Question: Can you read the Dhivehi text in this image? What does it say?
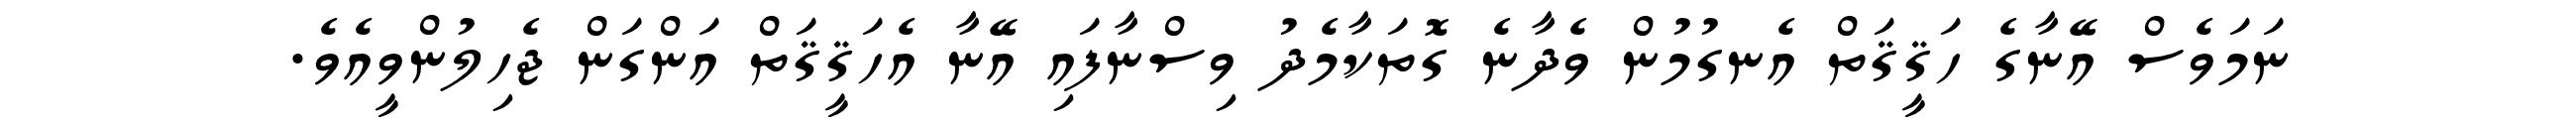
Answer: ނަމަވެސް އޭނާގެ ހަޤީޤަތް އެނގުމުން ވެދާނެ ގޮތަކާމެދު ވިސްނާފައި އޭނާ އެހަޤީޤަތް އަންގަން ޖެހިލުންވީއެވެ.